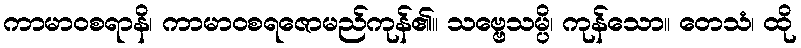
ကာမာဝစရာနိ၊ ကာမာဝစရဇောမည်ကုန်၏။ သဗ္ဗေသမ္ပိ၊ ကုန်သော။ တေသံ၊ ထို